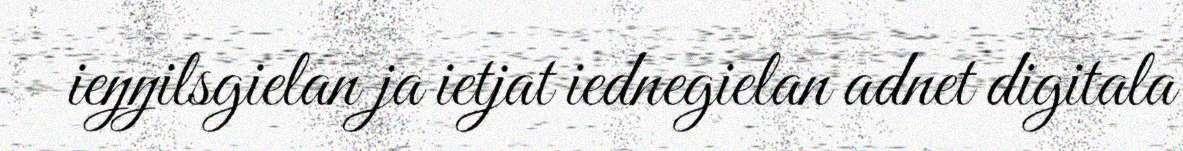
ieŋŋilsgielan ja ietjat iednegielan adnet digitala